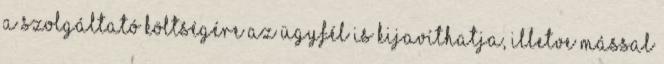
a Szolgáltató költségére az Ügyfél is kijavíthatja, illetve mással